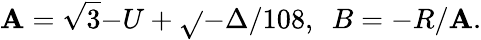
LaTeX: \mathbf{A}=\sqrt{{3}}{{-U+\sqrt{}{{-\Delta/108}}}},~~B=-R/\mathbf{A}.